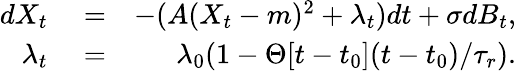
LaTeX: \begin{array}{rlr}{dX_{t}}&{{}=}&{-(A(X_{t}-m)^{2}+\lambda_{t})dt+\sigma dB_{t},}\\ {\lambda_{t}}&{{}=}&{\lambda_{0}(1-\Theta[t-t_{0}](t-t_{0})/\tau_{r}).}\end{array}